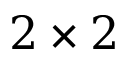
2 \times 2